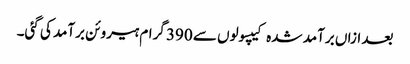
بعد ازاں برآمد شدہ کیپسولوں سے 390 گرام ہیروئن برآمد کی گئی۔